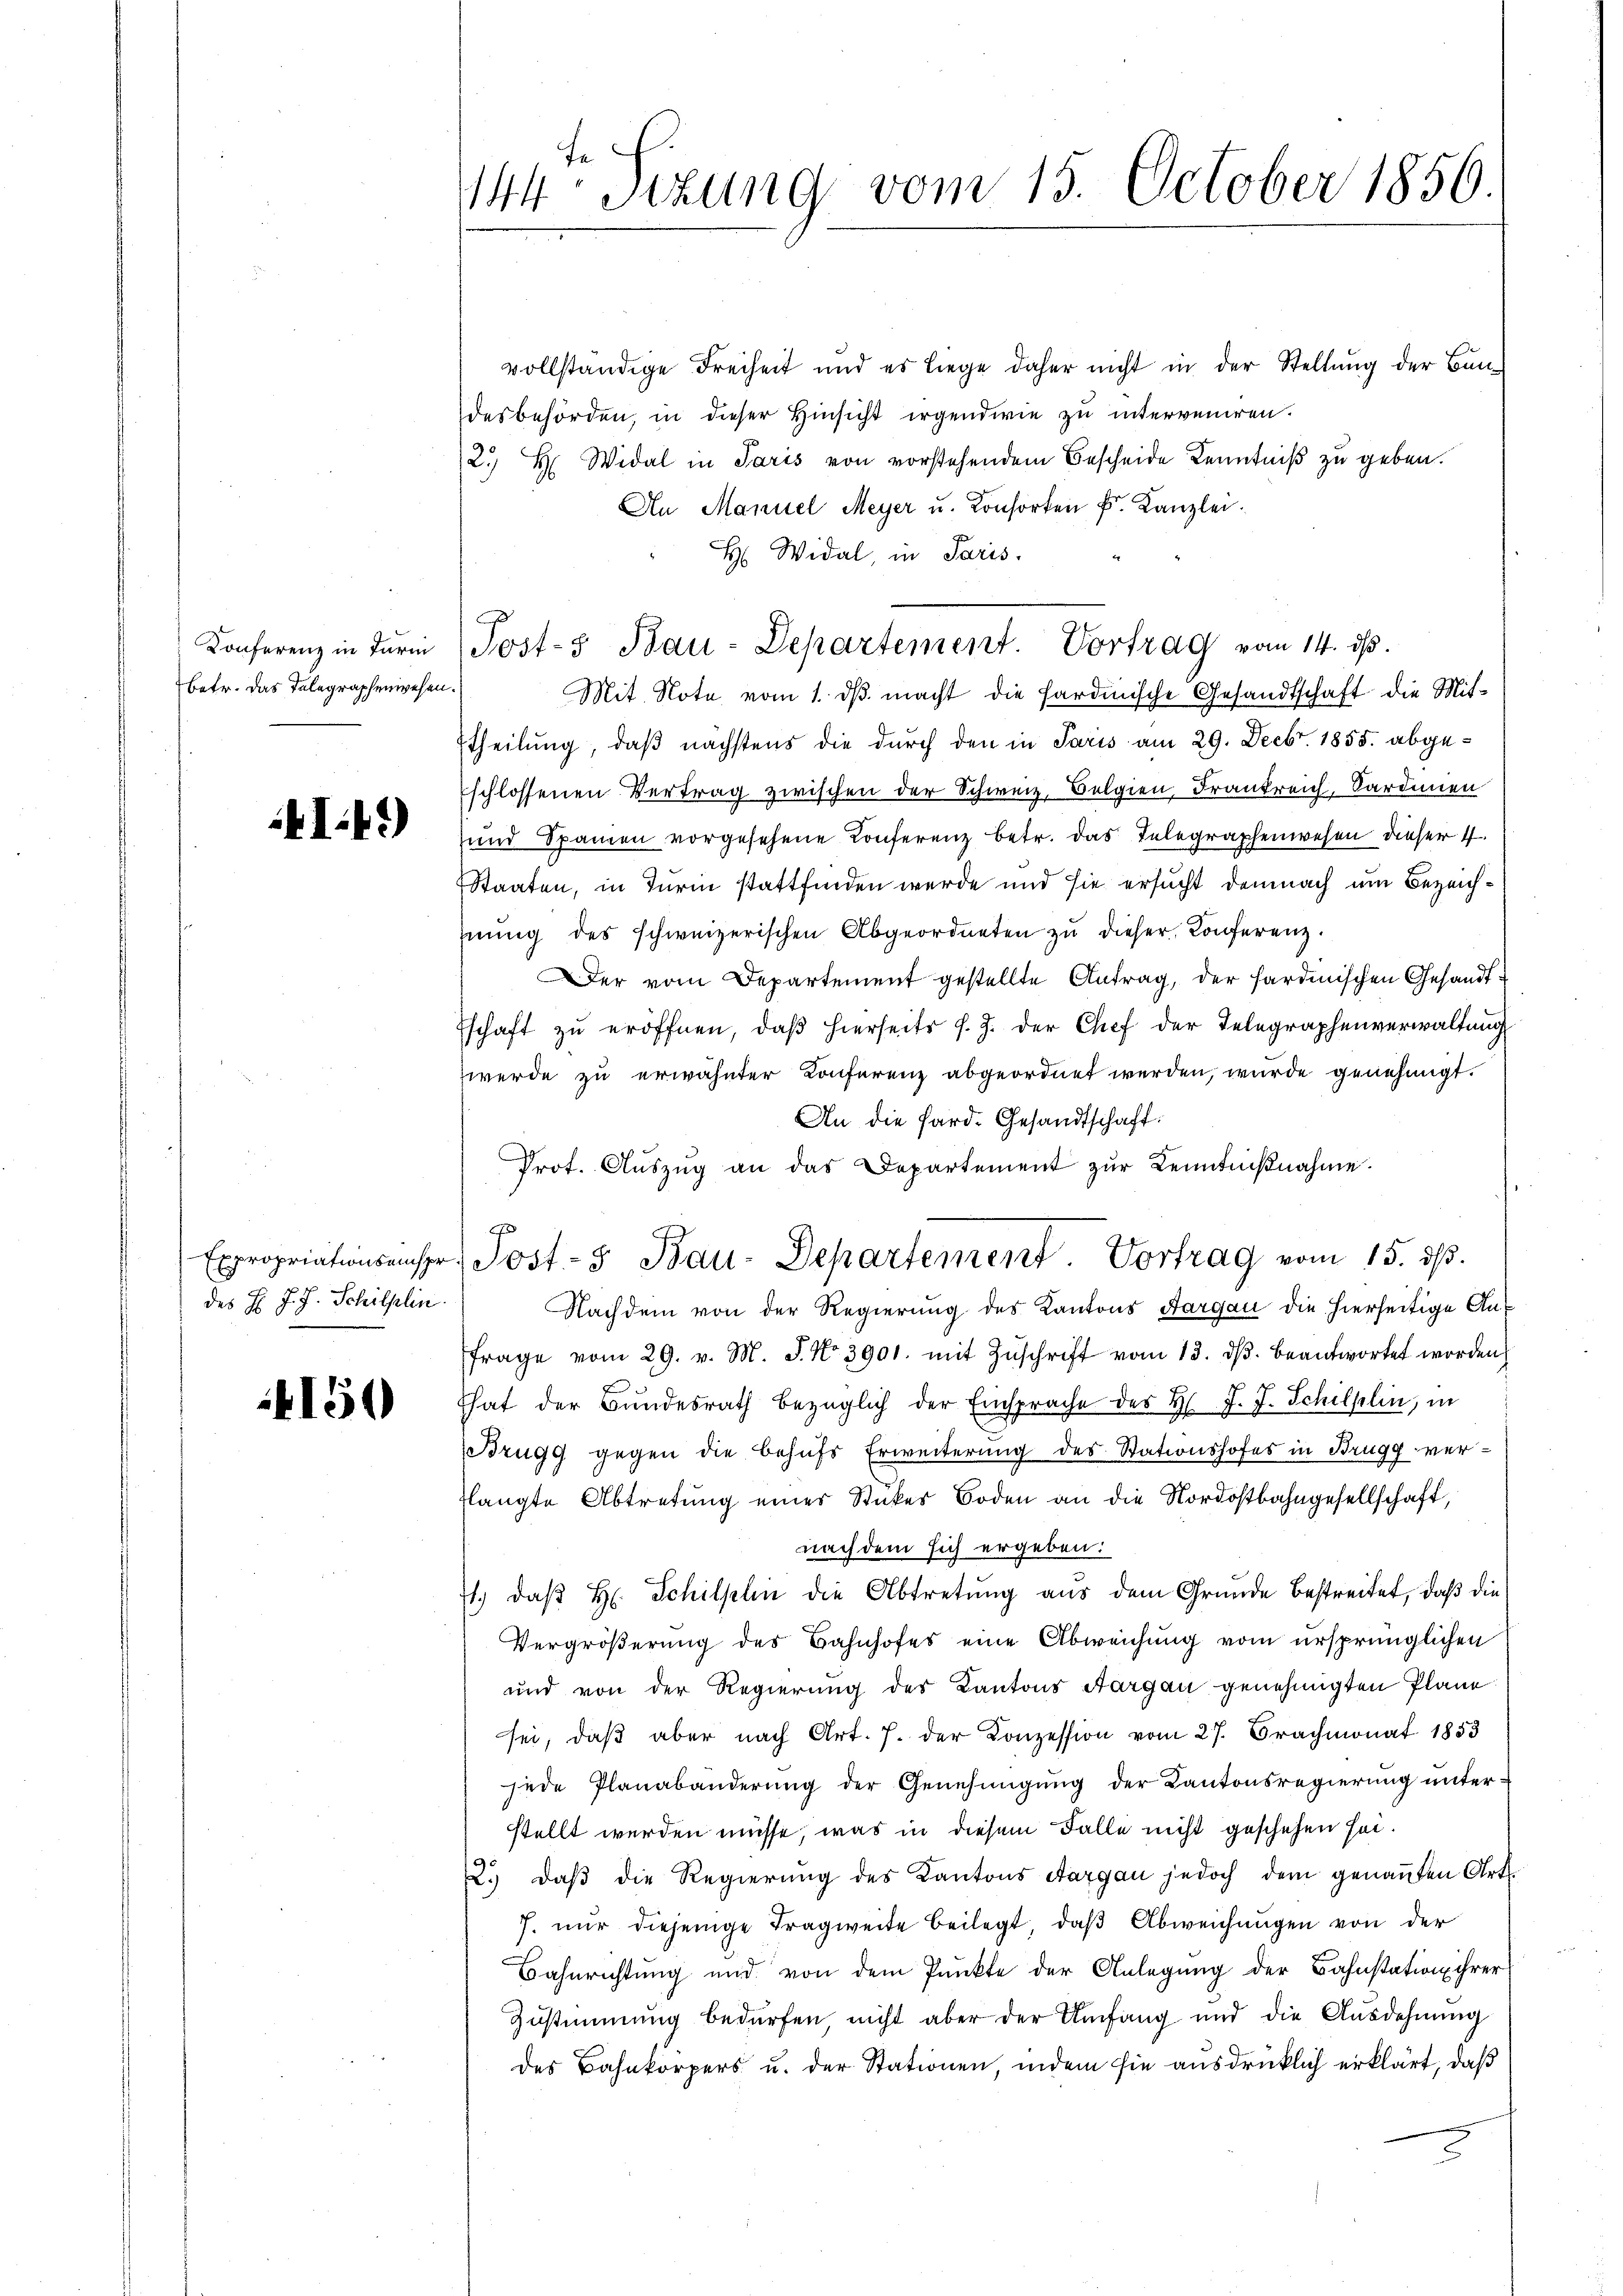
Konferenz in Turin
betr. Das Telegraphenwesen.

I.41)

des H. J. J. Schilflin

150

144 Stzung vom 15. October 1856.

vollständige Freiheit und es liege daher nicht in der Stellung der Bun-
desbehörden, in dieser Hinsicht irgendwie zu interveniren.
2. H. Widal in Paris von vorstehendem Bescheide Kenntniß zu geben.
An Manuel Meyer u. Konsorten k. Kanzlei.
H: Widal, in Paris.
Mit. Note vom 1. dβ macht die fardische Gesandtschaft die Mit-
ttheilung, daß nächstens die durch den in Paris am 29. Decbr. 1855. abgeschlossenen Vertrag zwischen der Schweiz, Belgien, Frankreich, Sardinen
und Spanien vorgesehene Konferenz betr. das Telegraphenwesen dieser 4.
Staaten, in Turin stattfinden werde und sie ersucht demnach um Bezeichhnŭng des schweizerischen Abgeordneten zŭ dieser Konferenz.
Der vom Departement gestellte Antrag, der fardischen Gesandtschaft zu eröffnen, daβ hierseits s. Z. der Chef der Telegraphenverwaltung
werde zu erwähnter Konferenz abgeordnet werden, wurde genehmigt.
An die Sard. Gesandtschaft.
Nachdem von der Regierung des Kantons Aargau die hierseitige Anfrage vom 29. v. M. J. No 3901. mit Zŭschrift vom 13. dβ. beantwortet worden
That der Bŭndesrath bezüglich der Einsprache der H. J. J. Schillin, in
Brugg gegen die Behufs Erweiterung des Stationshofes in Brugg verflangte Abtretung eines Stückes Boden an die Nordostbahngesellschaft,
nach dem sich ergeben:
1.) daß H. Schillin die Abtretung aus dem Grunde bestreitet, daß die
Vergrößerung des Bahnhofes eine Abweichung vom ursprünglichen
und von der Regierung des Kantons Aargau genehmigten Pläne
sei, daβ aber nach Art. 7. der Konzession vom 27. Brachmonat 1853
jede Planabänderung der Genehmigung der Kantonsregierung unterstellt werden müsse, was in diesem Falle nicht geschehen sei.
2.) Daß die Regierung des Kantons Aargau jedoch dem genannten Art.
7. nŭr diejenige Tragweite beilegt, daβ Abweichŭngen von der
Bahnrichtung und von dem Punkte der Anlegung der Bahnstation ihrer
Zustimmung bedürfen, nicht aber der Umfang und die Ausdehnung
des Bahnkörpers u. der Stationen, indem sie ausdrücklich erklärt, daß
e

Post-5 Bau-Departement. Vortrag vom 14. ds.

Prot. Aŭszŭg an das Departement zŭr Kenntniβnahme.
Expropriationsensp. Post- & Bau-Departement Vortrag vom 15. ds.